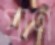
প্রাণ